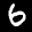
Label: 6